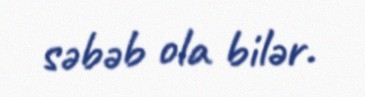
səbəb ola bilər.